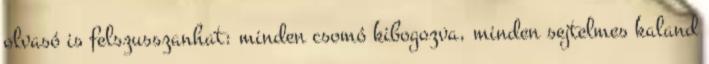
olvasó is felszusszanhat: minden csomó kibogozva, minden sejtelmes kaland